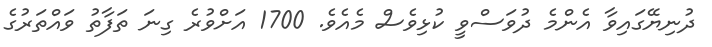
ދުނިޔޭގައިވާ އެންމެ ދުވަސްވީ ކުޅިވެސް މެއެވެ. 1700 އަށްވުރެ ގިނަ ތަފާތު ވައްތަރުގެ